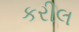
કરીલ